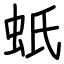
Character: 蚔